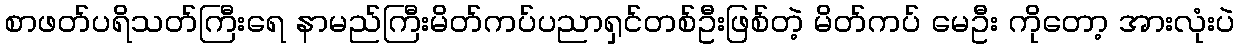
စာဖတ်ပရိသတ်ကြီးရေ နာမည်ကြီးမိတ်ကပ်ပညာရှင်တစ်ဦးဖြစ်တဲ့ မိတ်ကပ် မေဦး ကိုတော့ အားလုံးပဲ